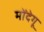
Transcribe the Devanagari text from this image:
मोंदेगू